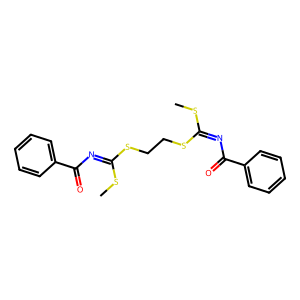
SMILES: CSC(=NC(=O)c1ccccc1)SCCSC(=NC(=O)c1ccccc1)SC
Inhibits HIV replication: No